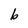
Character: b